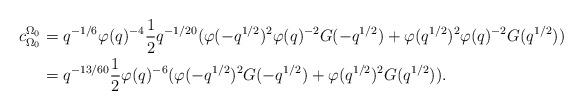
LaTeX: \begin{align*} c_{\Omega_0}^{\Omega_0} &= q^{-1/6}\varphi(q)^{-4}\dfrac{1}{2}q^{-1/20}(\varphi(-q^{1/2})^2\varphi(q)^{-2}G(-q^{1/2})+\varphi(q^{1/2})^2\varphi(q)^{-2}G(q^{1/2}))\\ &= q^{-13/60}\dfrac{1}{2}\varphi(q)^{-6}(\varphi(-q^{1/2})^2G(-q^{1/2})+\varphi(q^{1/2})^2G(q^{1/2})).\end{align*}